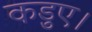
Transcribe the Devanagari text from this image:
कड़ुए।